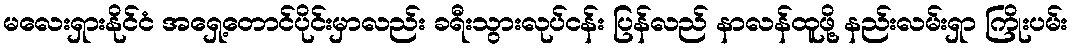
မလေးရှားနိုင်ငံ အရှေ့တောင်ပိုင်းမှာလည်း ခရီးသွားလုပ်ငန်း ပြန်လည် နာလန်ထူဖို့ နည်းလမ်းရှာ ကြိုးပမ်း